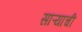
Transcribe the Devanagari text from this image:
साऱ्याची